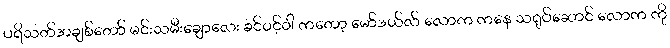
ပရိသတ်အချစ်တော် မင်းသမီးချောလေး ခင်ဝင့်ဝါ ကတော့ မော်ဒယ်လ် လောက ကနေ သရုပ်ဆောင် လောက ကို